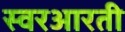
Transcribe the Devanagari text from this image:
स्वरआरती